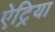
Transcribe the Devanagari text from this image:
ऐट्रिया